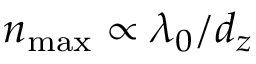
n _ { \mathrm { m a x } } \propto \lambda _ { 0 } / d _ { z }